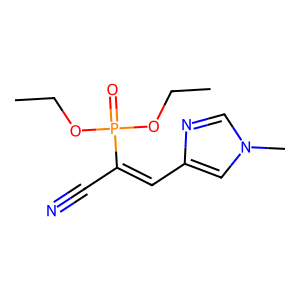
SMILES: CCOP(=O)(OCC)C(C#N)=Cc1cn(C)cn1
Inhibits HIV replication: No